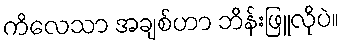
ကိလေသာ အချစ်ဟာ ဘိန်းဖြူလိုပဲ။